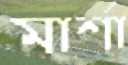
মার্শা